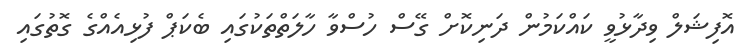
އޮފިޝަލް ވިދާޅުވީ ކައްކަމުން ދަނިކޮށް ގޭސް ހުސްވާ ހާލަތްތަކުގައި ބެކަޕް ފުޅިއެއްގެ ގޮތުގައި